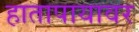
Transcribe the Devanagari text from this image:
हातापायावर